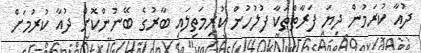
ދުއާ ކުރަމުން ދިޔަ ފަރާތްތަކާ ފުލުހުން ކުރިމަތިލައި ބާރުގެ ބޭނުންކޮށް ދުއާ ކުރުމަށް